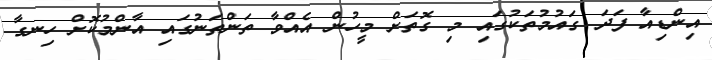
އިންޑިއާ ފަދަ ގައުމުތަކުގައި މި ގޮތަށް މީހުން އެއްވާ ތަންތަނުގައި އާންމުކޮށް ހިނގާ